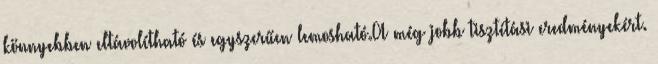
könnyebben eltávolítható és egyszerűen lemosható.A még jobb tisztítási eredményekért.